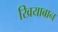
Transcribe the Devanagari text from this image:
खियाबान